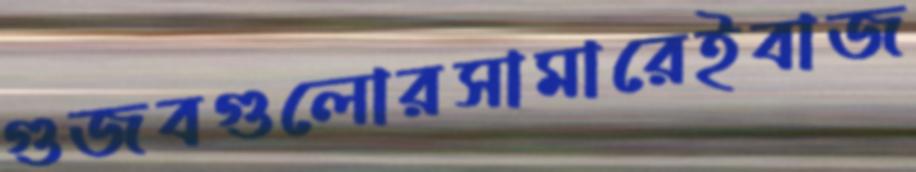
গুজবগুলোরসামারেইবাজ